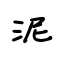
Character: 泥